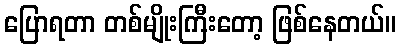
ပြောရတာ တစ်မျိုးကြီးတော့ ဖြစ်နေတယ်။